Plague in India, 1896, 1897 - Volume 1
Year: 1896
Disease focus: Plague
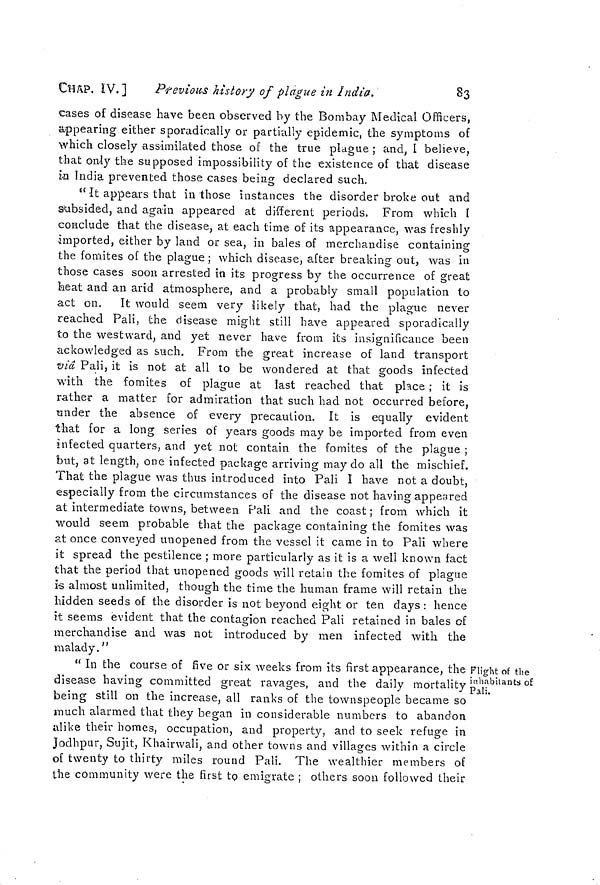
CHAP. IV.]
Previous history of plague in India.
83
cases of disease have been observed by the Bombay Medical Officers,
appearing either sporadically or partially epidemic, the symptoms of
which closely assimilated those of the true plague ; and, I believe,
that only the supposed impossibility of the existence of that disease
in India prevented those cases being declared such.
" It appears that in those instances the disorder broke out and
subsided, and again appeared at different periods. From which I
conclude that the disease, at each time of its appearance, was freshly
imported, either by land or sea, in bales of merchandise containing
the fomites of the plague ; which disease, after breaking out, was in
those cases soon arrested in its progress by the occurrence of great
heat and an arid atmosphere, and a probably small population to
act on. It would seem very likely that, had the plague never
reached Pali, the disease might still have appeared sporadically
to the westward, and yet never have from its insignificance been
ackowledged as such. From the great increase of land transport
via Pali, it is not at all to be wondered at that goods infected
with the fomites of plague at last reached that place ; it is
rather a matter for admiration that such had not occurred before,
under the absence of every precaution. It is equally evident
that for a long series of years goods may be imported from even
infected quarters, and yet not contain the fomites of the plague ;
but, at length, one infected package arriving may do all the mischief.
That the plague was thus introduced into Pali I have not a doubt,
especially from the circumstances of the disease not having appeared
at intermediate towns, between Pali and the coast ; from which it
would seem probable that the package containing the fomites was
at once conveyed unopened from the vessel it came in to Pali where
it spread the pestilence ; more particularly as it is a well known fact
that the period that unopened goods will retain the fomites of plague
is almost unlimited, though the time the human frame will retain the
hidden seeds of the disorder is not beyond eight or ten days : hence
it seems evident that the contagion reached Pali retained in bales of
merchandise and was not introduced by men infected with the
malady."
Flight of the
inhabitants of
Pali.
" In the course of five or six weeks from its first appearance, the
disease having committed great ravages, and the daily mortality
being still on the increase, all ranks of the townspeople became so
much alarmed that they began in considerable numbers to abandon
alike their homes, occupation, and property, and to seek refuge in
Jodhpur, Sujit, Khairwali, and other towns and villages within a circle
of twenty to thirty miles round Pali. The wealthier members of
the community were the first to emigrate ; others soon followed their